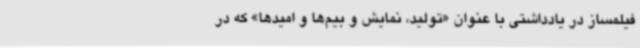
فیلمساز در یادداشتی با عنوان «تولید، نمایش و بیم‌ها و امیدها» که در